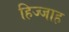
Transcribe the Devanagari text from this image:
हिज्जाह